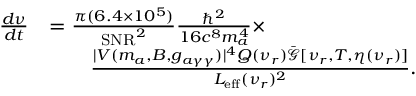
\begin{array} { r l } { \frac { d \nu } { d t } } & { = \frac { \pi ( 6 . 4 \times 1 0 ^ { 5 } ) } { \mathrm { S N R } ^ { 2 } } \frac { \hbar ^ { 2 } } { 1 6 c ^ { 8 } m _ { a } ^ { 4 } } \times } \\ & { \qquad \frac { | V ( m _ { a } , B , g _ { a \gamma \gamma } ) | ^ { 4 } Q ( \nu _ { r } ) \bar { \mathcal { G } } [ \nu _ { r } , T , \eta ( \nu _ { r } ) ] } { L _ { \mathrm { e f f } } ( \nu _ { r } ) ^ { 2 } } . } \end{array}